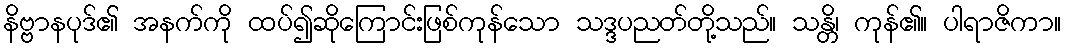
နိဗ္ဗာနပုဒ်၏ အနက်ကို ထပ်၍ဆိုကြောင်းဖြစ်ကုန်သော သဒ္ဒပညတ်တို့သည်။ သန္တိ၊ ကုန်၏။ ပါရာဇိကာ။